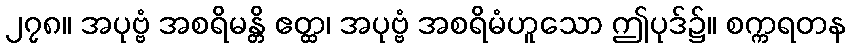
၂၇၈။ အပုဗ္ဗံ အစရိမန္တိ ဧတ္ထ၊ အပုဗ္ဗံ အစရိမံဟူသော ဤပုဒ်၌။ စက္ကရတန